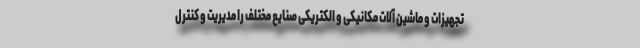
تجهیزات و ماشین آلات مکانیکی و الکتریکی صنایع مختلف را مدیریت و کنترل